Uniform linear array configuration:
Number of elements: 12
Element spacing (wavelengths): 0.25
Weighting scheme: kaiser
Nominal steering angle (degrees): -30
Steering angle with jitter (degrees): -31.185
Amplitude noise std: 0.05
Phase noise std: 0.05

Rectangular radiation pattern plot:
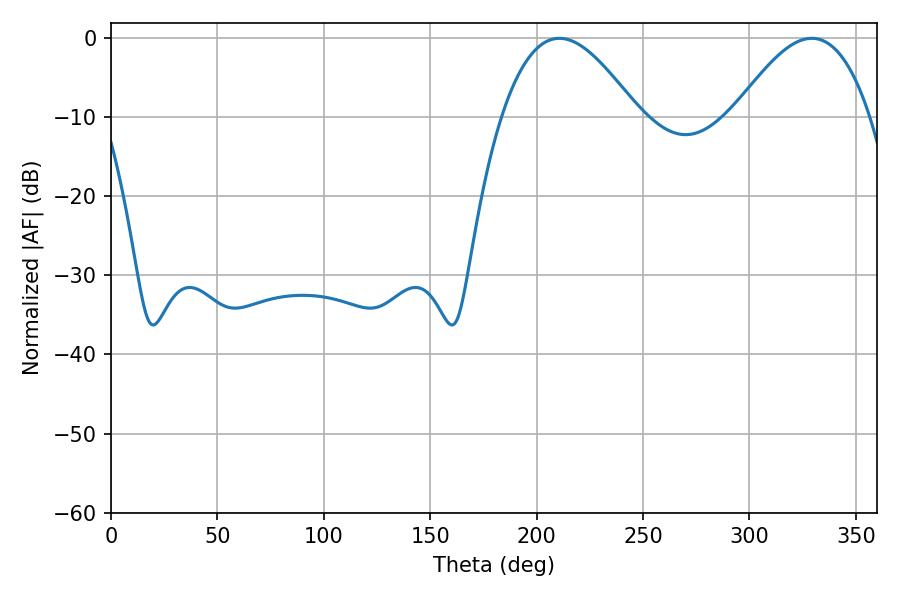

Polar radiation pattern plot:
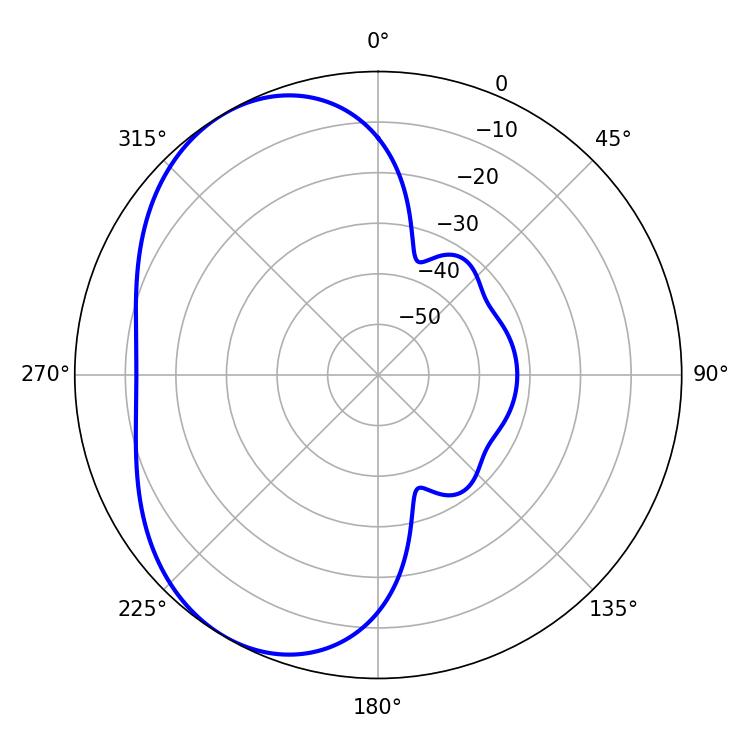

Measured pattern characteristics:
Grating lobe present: FALSE
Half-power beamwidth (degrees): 34.74
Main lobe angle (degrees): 210.78